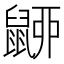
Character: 𪕚